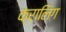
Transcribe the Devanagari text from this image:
क्रालिंग